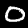
Label: 0